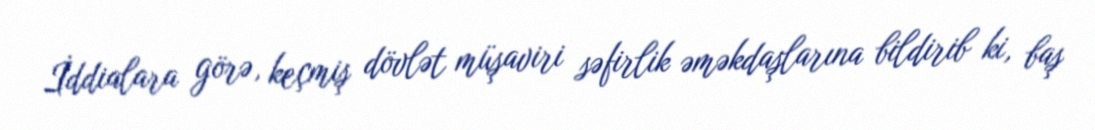
İddialara görə, keçmiş dövlət müşaviri səfirlik əməkdaşlarına bildirib ki, baş